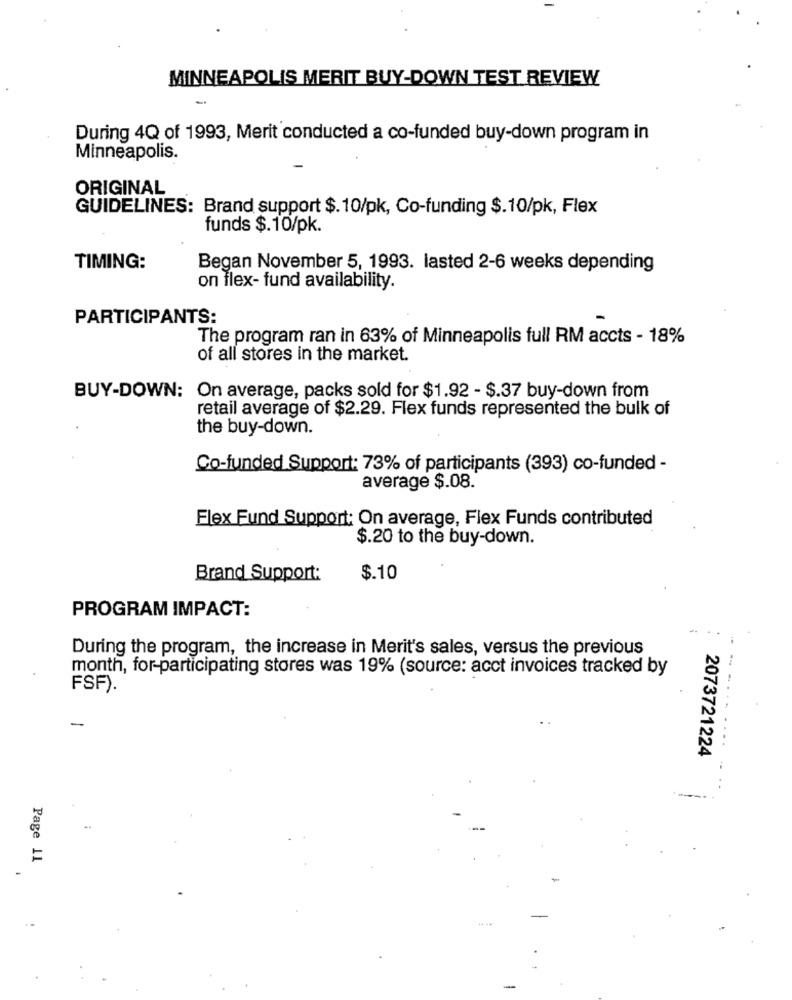
MINNEAPOLIS MERIT BUY-DOWN TEST REVIEW
During 4Q of 1993, Merit conducted a co-funded buy-down program in
Minneapolis.
ORIGINAL
GUIDELINES: Brand support $.10/pk, Co-funding $.10/pk, Flex
funds $.10/pk.
TIMING:
Began November 5, 1993. lasted 2-6 weeks depending
on flex- fund availability.
PARTICIPANTS:
The program ran in 63% of Minneapolis full RM accts - 18%
of all stores in the market.
BUY-DOWN: On average, packs sold for $1.92 - $.37 buy-down from
retail average of $2.29. Flex funds represented the bulk of
the buy-down.
Co-funded Support: 73% of participants (393) co-funded -
average $.08.
Flex Fund Support: On average, Flex Funds contributed
$.20 to the buy-down.
Brand Support:
$.10
PROGRAM IMPACT:
During the program, the increase in Merit's sales, versus the previous
month, for-participating stores was 19% (source: acct invoices tracked by
FSF).
- --
-
...
2073721224
Page 11